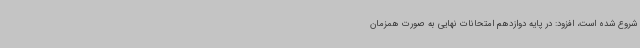
شروع شده است، افزود: در پایه دوازدهم امتحانات نهایی به صورت همزمان